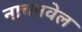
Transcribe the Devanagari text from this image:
नाचनवेल